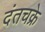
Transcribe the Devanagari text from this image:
दंतचक्रे